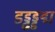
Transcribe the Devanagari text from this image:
डड्ढड्डद्म